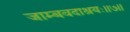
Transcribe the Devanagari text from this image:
जाम्बवदाश्रयः॥७॥